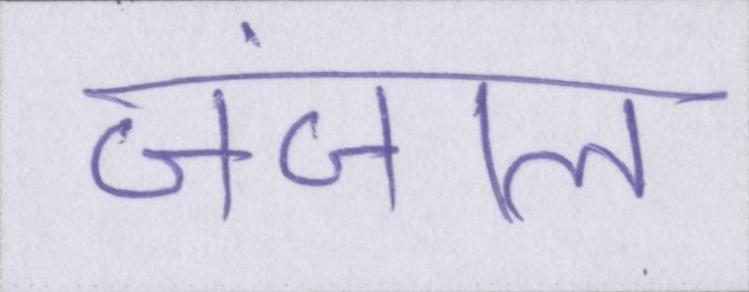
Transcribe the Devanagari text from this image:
जंजाल